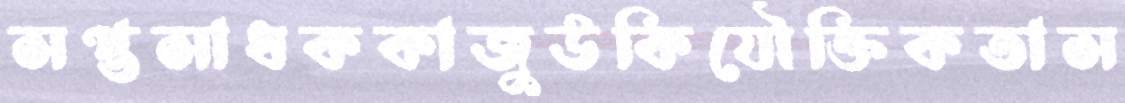
সপ্তসাধককাজুউকিযৌক্তিকতাস